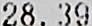
28.39